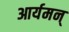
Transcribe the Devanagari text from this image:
आर्यमन्